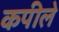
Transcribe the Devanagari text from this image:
कपीले